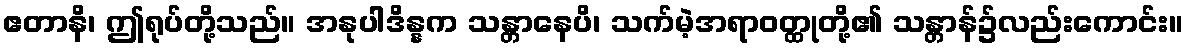
ဧတာနိ၊ ဤရုပ်တို့သည်။ အနုပါဒိန္နက သန္တာနေပိ၊ သက်မဲ့အရာဝတ္ထုတို့၏ သန္တာန်၌လည်းကောင်း။